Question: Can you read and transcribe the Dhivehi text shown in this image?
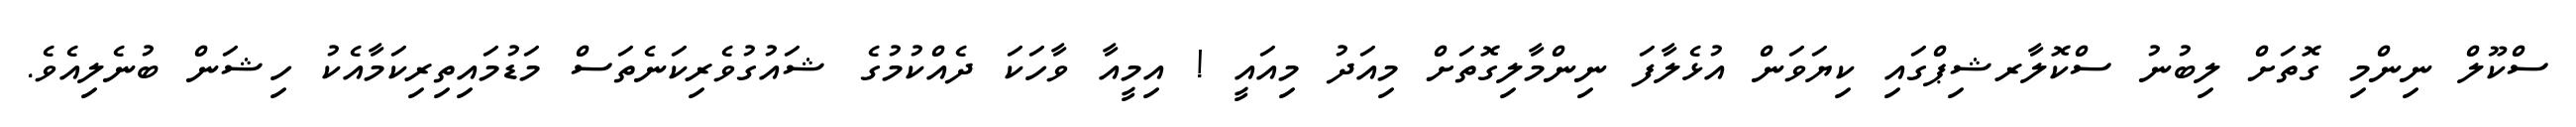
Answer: ސްކޫލް ނިންމި ގޮތަށް ލިބުނު ސްކޮލާރޝިޕްގައި ކިޔަވަން އުޅެލާފަ ނިންމާލިގޮތަށް މިއަދު މިއައީ ! އިމީއާ ވާހަކަ ދެއްކުމުގެ ޝައުގުވެރިކަނެތަސް މަޑުމައިތިރިކަމާއެކު ހިޝަން ބުނެލިއެވެ.